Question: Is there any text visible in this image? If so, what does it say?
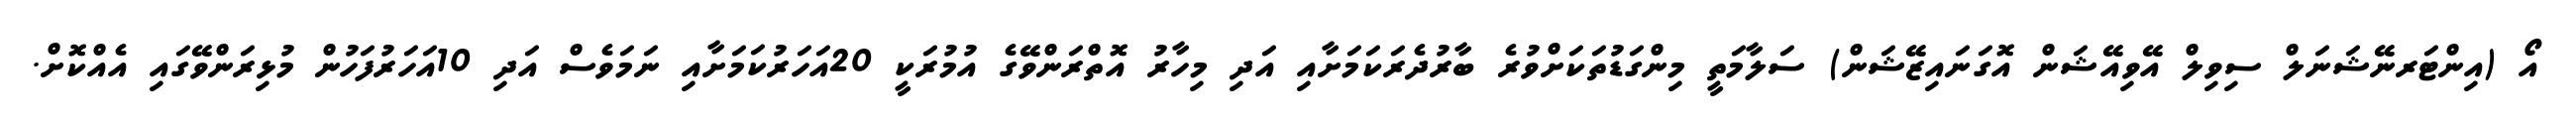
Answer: އޯ (އިންޓަރނޭޝަނަލް ސިވިލް އޭވިއޭޝަން އޮގަނައިޒޭޝަން) ސަލާމަތީ މިންގަޑުތަކަށްވުރެ ބާރުދެރަކަމަށާއި އަދި މިހާރު އޮތްރަންވޭގެ އުމުރަކީ 20އަހަރުކަމަށާއި ނަމަވެސް އަދި 10އަހަރުފަހުން މުޅިރަންވޭގައި އެއްކޮށް.